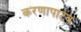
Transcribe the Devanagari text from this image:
करणापाटव